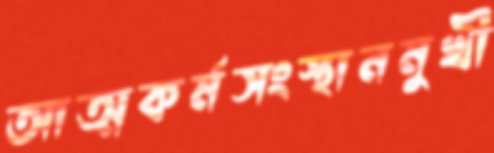
আত্মকর্মসংস্থানমুখী